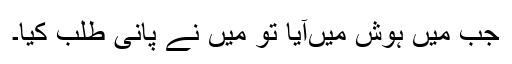
جب مَیں ہوش میںآیا تو مَیں نے پانی طلب کیا۔